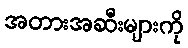
အတားအဆီးများကို